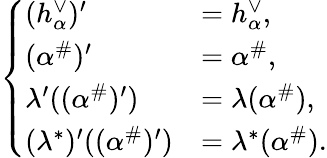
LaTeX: \begin{array}{r}{\left\{ \begin{array}{ll}{(h_{\alpha}^{\vee})^{\prime}}&{=h_{\alpha}^{\vee},}\\ {(\alpha^{\# })^{\prime}}&{=\alpha^{\# },}\\ {\lambda^{\prime}((\alpha^{\# })^{\prime})}&{=\lambda(\alpha^{\# }),}\\ {(\lambda^{*})^{\prime}((\alpha^{\# })^{\prime})}&{=\lambda^{*}(\alpha^{\# }).}\end{array}\right.}\end{array}